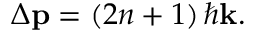
\Delta \mathbf { p } = \left( 2 n + 1 \right) \hbar \mathbf { k } .